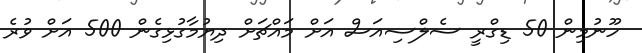
ހޫނުމިން 50 ޑިގްރީ ސެލްސިއަސް އަށް މައްޗަށް ދިޔުމާގުޅިގެން 500 އަށް ވުރެ